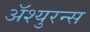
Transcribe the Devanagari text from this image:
अॅश्युरन्स